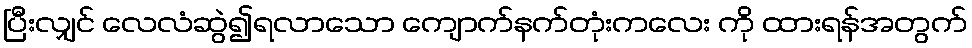
ပြီးလျှင် လေလံဆွဲ၍ရလာသော ကျောက်နက်တုံးကလေး ကို ထားရန်အတွက်